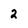
Character: 2